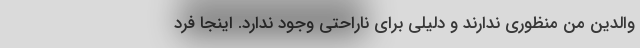
والدین من منظوری ندارند و دلیلی برای ناراحتی وجود ندارد. اینجا فرد